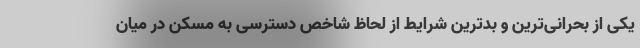
یکی از بحرانی‌ترین و بدترین شرایط از لحاظ شاخص دسترسی به مسکن در میان